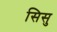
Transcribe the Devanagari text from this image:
सिसु